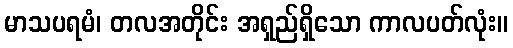
မာသပရမံ၊ တလအတိုင်း အရှည်ရှိသော ကာလပတ်လုံး။